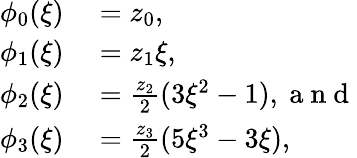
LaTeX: \begin{array}{rl}{\phi_{0}(\xi)}&{{}=z_{0},}\\ {\phi_{1}(\xi)}&{{}=z_{1}\xi,}\\ {\phi_{2}(\xi)}&{{}=\frac{z_{2}}{2}(3\xi^{2}-1),\mathrm{~a~n~d~}}\\ {\phi_{3}(\xi)}&{{}=\frac{z_{3}}{2}(5\xi^{3}-3\xi),}\end{array}